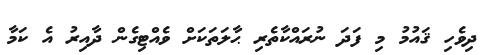
ދިވެހި ޤައުމު މި ފަދަ ނުރައްކާތެރި ޙާލަތަކަށް ވެއްޓިގެން ދާއިރު އެ ކަމާ